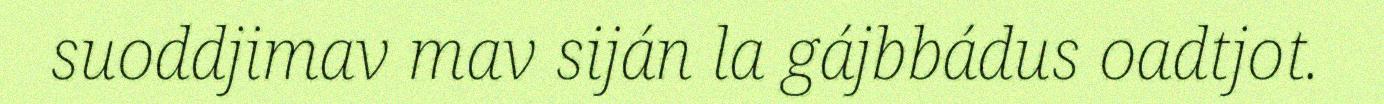
suoddjimav mav siján la gájbbádus oadtjot.